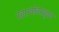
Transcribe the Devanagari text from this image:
स्टारगेटमधूनच